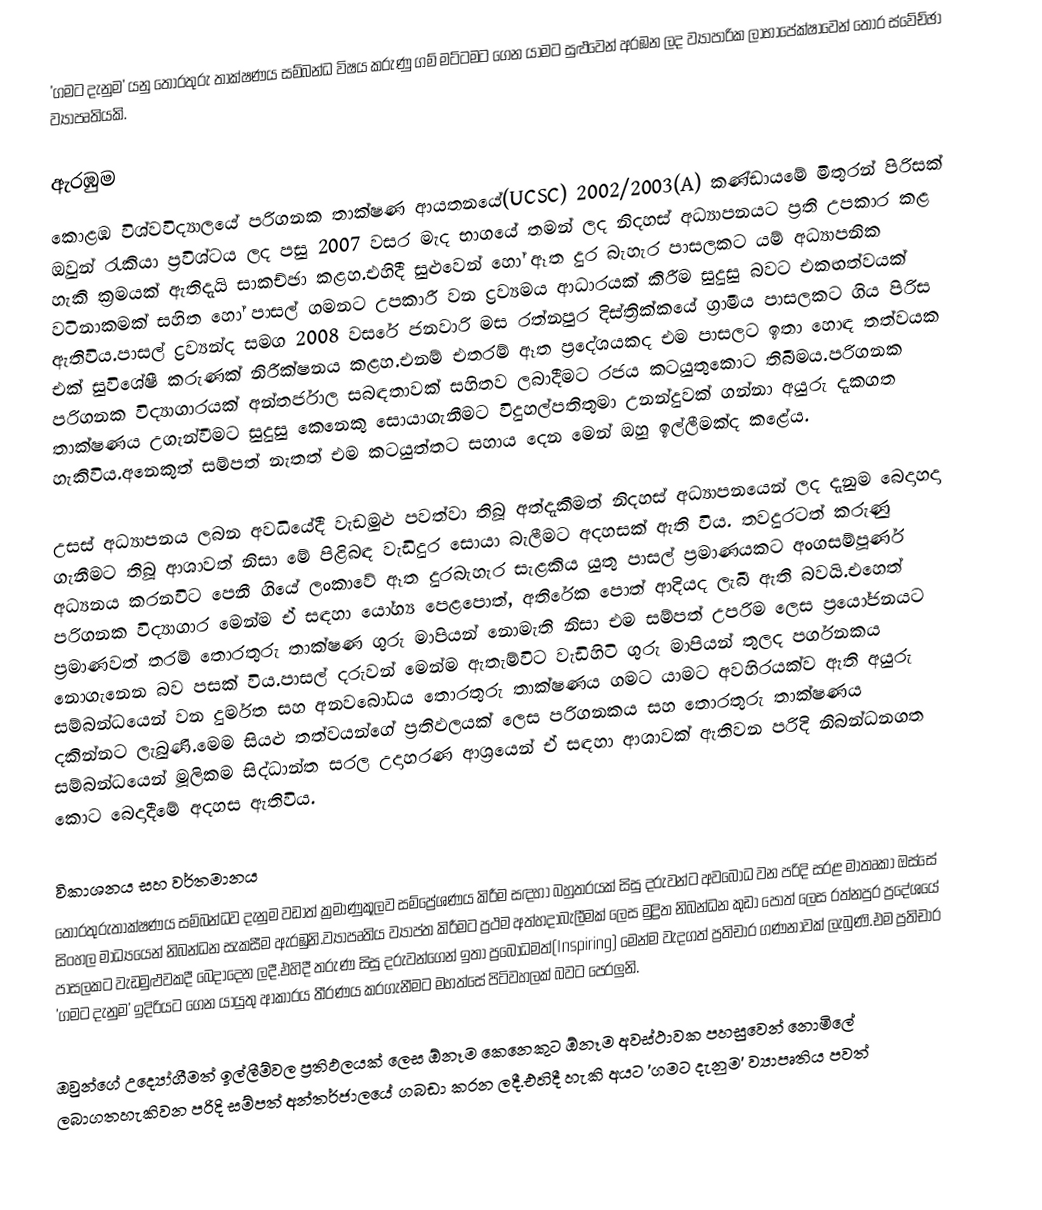
'ගමට දැනුම' යනු තොරතුරු තාක්ෂණය සම්බන්ධ විෂය කරුණු ගම් මට්‍ටමට ගෙන යාමට සුළුවෙන් අරඹන ලද ව්‍යාපාරික ලාභාපේක්ෂාවෙන් තොර ස්වේච්ඡා ව්‍යාපෘතියකි.

ඇරඹුම
කොළඹ විශ්වවිද්‍යාලයේ පරිගනක තාක්ෂණ ආයතනයේ(UCSC) 2002/2003(A) කණ්ඩායමේ මිතුරන් පිරිසක් ඔවුන් රැකියා ප්‍රවිශ්ටය ලද පසු 2007 වසර මැද භාගයේ තමන් ලද නිදහස් අධ්‍යාපනයට ප්‍රති උපකාර කළ හැකි ක්‍රමයක් ඇතිදැයි සාකච්ඡා කළහ.එහිදී සුළුවෙන් හෝ ඈත දුර බැහැර පාසලකට යම් අධ්‍යාපනික වටිනාකමක් සහිත හෝ පාසල් ගමනට උපකාරී වන ද්‍රව්‍යමය ආධාරයක් කිරීම සුදුසු බවට එකඟත්වයක් ඇතිවිය.පාසල් ද්‍රව්‍යන්ද සමග 2008 වසරේ ජනවාරි මස රත්නපුර දිස්ත්‍රික්කයේ ග්‍රාමීය පාසලකට ගිය පිරිස එක් සුවිශේෂී කරුණක් නිරීක්ෂනය කළහ.එනම් එතරම් ඈත ප්‍රදේශයකද එම පාසලට ඉතා හොඳ තත්වයක පරිගනක විද්‍යාගාරයක් අන්තර්ජාල සබඳතාවක් සහිතව ලබාදීමට රජය කටයුතුකොට තිබීමය.පරිගනක තාක්ෂණය උගැන්වීමට සුදුසු කෙනෙකු සොයාගැනීමට විදුහල්පතිතුමා උනන්දුවක් ගන්නා අයුරු දැකගත හැකිවිය.අනෙකුත් සම්පත් නැතත් එම කටයුත්තට සහාය දෙන මෙන් ඔහු ඉල්ලීමක්ද කළේය.

උසස් අධ්‍යාපනය ලබන අවධියේදී වැඩමුළු පවත්වා තිබූ අත්දැකීමත් නිදහස් අධ්‍යාපනයෙන් ලද දැනුම බෙදාහදා ගැනීමට තිබූ ආශාවත් නිසා මේ පිළිබඳ වැඩිදුර සොයා බැලීමට අදහසක් ඇති විය. තවදුරටත් කරුණු අධ්‍යනය කරනවිට පෙනී ගියේ ලංකාවේ ඈත දුරබැහැර සැළකිය යුතු පාසල් ප්‍රමාණයකට අංගසම්පූර්ණ පරිගනක විද්‍යාගාර මෙන්ම ඒ සඳහා යෝග්‍ය පෙළපොත්, අතිරේක පොත් ආදියද ලැබී ඇති බවයි.එහෙත් ප්‍රමාණවත් තරම් තොරතුරු තාක්ෂණ ගුරු මාපියන් නොමැති නිසා එම සම්පත් උපරිම ලෙස ප්‍රයෝජනයට නොගැනෙන බව පසක් විය.පාසල් දරුවන් මෙන්ම ඇතැම්විට වැඩිහිටි ගුරු මාපියන් තුලද පර්ගනකය සම්බන්ධයෙන් වන දුර්මත සහ අනවබෝධය තොරතුරු තාක්ෂණය ගමට යාමට අවහිරයක්ව ඇති අයුරු දකින්නට ලැබුණි.මෙම සියළු තත්වයන්ගේ ප්‍රතිඵලයක් ලෙස පරිගනකය සහ තොරතුරු තාක්ෂණය සම්බන්ධයෙන් මූලිකම සිද්ධාන්ත සරල උදාහරණ ආශ්‍රයෙන් ඒ සඳහා ආශාවක් ඇතිවන පරිදි නිබන්ධනගත කොට බෙදාදීමේ අදහස ඇතිවිය.

විකාශනය සහ වර්තමානය
තොරතුරුතාක්ෂණය සම්බන්ධව දැනුම වඩාත් ක්‍රමාණුකූලව සම්ප්‍රේශණය කිරීම සඳහා බහුතරයක් සිසු දරුවන්ට අවබෝධ වන පරිදි සරළ මාතෘකා ඔස්සේ සිංහල මාධ්‍යයෙන් නිබන්ධන සැකසීම ඇරඹුනි.ව්‍යාපෘතිය ව්‍යාප්ත කිරීමට ප්‍රථම අත්හදාබැලීමක් ලෙස මුද්‍රිත නිබන්ධන කුඩා පොත් ලෙස රත්නපුර ප්‍රදේශයේ පාසලකට වැඩමුළුවකදී බෙදාදෙන ලදී.එහිදී  තරුණ සිසු දරුවන්ගෙන් ඉතා ප්‍රබෝධමත්(Inspiring) මෙන්ම වැදගත් ප්‍රතිචාර ගණනාවක් ලැබුණි.එම ප්‍රතිචාර 'ගමට දැනුම' ඉදිරියට ගෙන යායුතු ආකාරය තීරණය කරගැනීමට මහත්සේ පිටිවහලක් බවට පෙරලුනි.

ඔවුන්ගේ උද්‍යෝගීමත් ඉල්ලීම්වල ප්‍රතිඵලයක් ලෙස ඕනෑම කෙනෙකුට ඕනෑම අවස්ථාවක පහසුවෙන් නොමිලේ ලබාගතහැකිවන පරිදි සම්පත් අන්තර්ජාලයේ ගබඩා කරන ලදී.එහිදී හැකි අයට 'ගමට දැනුම' ව්‍යාපෘතිය පවත්